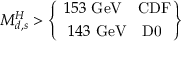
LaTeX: M _ { d , s } ^ { H } > \left\{ \ { 1 5 3 \ \mathrm { G e V } \ \ \ \mathrm { C D F } } \atop { 1 4 3 \ \mathrm { G e V } \ \ \ \mathrm { D 0 } } \right\}